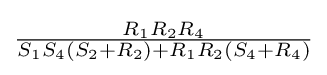
{\tfrac {R_{1}R_{2}R_{4}}{S_{1}S_{4}(S_{2}+R_{2})+R_{1}R_{2}(S_{4}+R_{4})}}